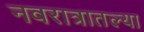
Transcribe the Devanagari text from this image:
नवरात्रातल्या